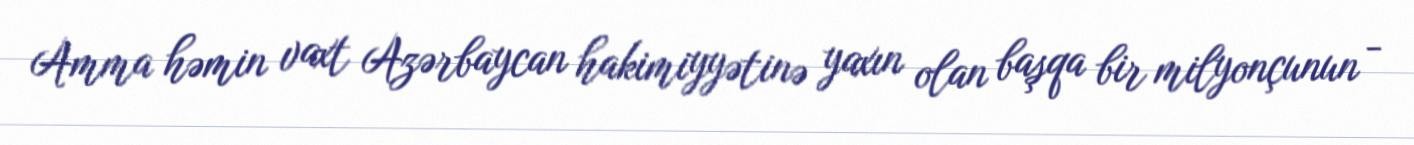
Amma həmin vaxt Azərbaycan hakimiyyətinə yaxın olan başqa bir milyonçunun -